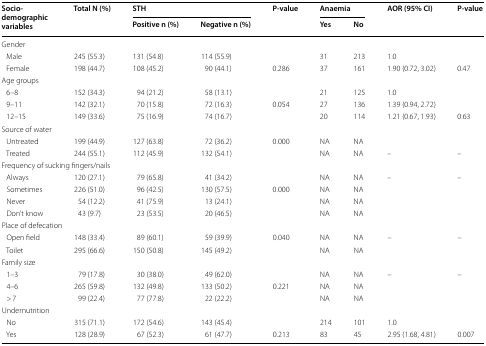
<table><thead><tr><td rowspan="2"><b>Socio-demographic variables</b></td><td rowspan="2"><b>Total N (%)</b></td><td colspan="2"><b>STH</b></td><td rowspan="2"><b>P-value</b></td><td colspan="2"><b>Anaemia</b></td><td rowspan="2"><b>AOR (95% CI)</b></td><td rowspan="2"><b>P-value</b></td></tr><tr><td><b>Positive n (%)</b></td><td><b>Negative n (%)</b></td><td><b>Yes</b></td><td><b>No</b></td></tr></thead><tbody><tr><td colspan="9">Gender</td></tr><tr><td> Male</td><td>245 (55.3)</td><td>131 (54.8)</td><td>114 (55.9)</td><td></td><td>31</td><td>213</td><td>1.0</td><td></td></tr><tr><td> Female</td><td>198 (44.7)</td><td>108 (45.2)</td><td>90 (44.1)</td><td>0.286</td><td>37</td><td>161</td><td>1.90 (0.72, 3.02)</td><td>0.47</td></tr><tr><td colspan="9">Age groups</td></tr><tr><td> 6–8</td><td>152 (34.3)</td><td>94 (21.2)</td><td>58 (13.1)</td><td></td><td>21</td><td>125</td><td>1.0</td><td></td></tr><tr><td> 9–11</td><td>142 (32.1)</td><td>70 (15.8)</td><td>72 (16.3)</td><td>0.054</td><td>27</td><td>136</td><td>1.39 (0.94, 2.72)</td><td></td></tr><tr><td> 12–15</td><td>149 (33.6)</td><td>75 (16.9)</td><td>74 (16.7)</td><td></td><td>20</td><td>114</td><td>1.21 (0.67, 1.93)</td><td>0.63</td></tr><tr><td colspan="9">Source of water</td></tr><tr><td> Untreated</td><td>199 (44.9)</td><td>127 (63.8)</td><td>72 (36.2)</td><td>0.000</td><td>NA</td><td>NA</td><td></td><td></td></tr><tr><td> Treated</td><td>244 (55.1)</td><td>112 (45.9)</td><td>132 (54.1)</td><td></td><td>NA</td><td>NA</td><td>–</td><td>–</td></tr><tr><td colspan="9">Frequency of sucking fingers/nails</td></tr><tr><td> Always</td><td>120 (27.1)</td><td>79 (65.8)</td><td>41 (34.2)</td><td></td><td>NA</td><td>NA</td><td>–</td><td>–</td></tr><tr><td> Sometimes</td><td>226 (51.0)</td><td>96 (42.5)</td><td>130 (57.5)</td><td>0.000</td><td>NA</td><td>NA</td><td></td><td></td></tr><tr><td> Never</td><td>54 (12.2)</td><td>41 (75.9)</td><td>13 (24.1)</td><td></td><td>NA</td><td>NA</td><td></td><td></td></tr><tr><td> Don’t know</td><td>43 (9.7)</td><td>23 (53.5)</td><td>20 (46.5)</td><td></td><td>NA</td><td>NA</td><td></td><td></td></tr><tr><td colspan="9">Place of defecation</td></tr><tr><td> Open field</td><td>148 (33.4)</td><td>89 (60.1)</td><td>59 (39.9)</td><td>0.040</td><td>NA</td><td>NA</td><td>–</td><td>–</td></tr><tr><td> Toilet</td><td>295 (66.6)</td><td>150 (50.8)</td><td>145 (49.2)</td><td></td><td>NA</td><td>NA</td><td></td><td></td></tr><tr><td colspan="9">Family size</td></tr><tr><td> 1–3</td><td>79 (17.8)</td><td>30 (38.0)</td><td>49 (62.0)</td><td></td><td>NA</td><td>NA</td><td>–</td><td>–</td></tr><tr><td> 4–6</td><td>265 (59.8)</td><td>132 (49.8)</td><td>133 (50.2)</td><td>0.221</td><td>NA</td><td>NA</td><td></td><td></td></tr><tr><td> &gt; 7</td><td>99 (22.4)</td><td>77 (77.8)</td><td>22 (22.2)</td><td></td><td>NA</td><td>NA</td><td></td><td></td></tr><tr><td colspan="9">Undernutrition</td></tr><tr><td> No</td><td>315 (71.1)</td><td>172 (54.6)</td><td>143 (45.4)</td><td></td><td>214</td><td>101</td><td>1.0</td><td></td></tr><tr><td> Yes</td><td>128 (28.9)</td><td>67 (52.3)</td><td>61 (47.7)</td><td>0.213</td><td>83</td><td>45</td><td>2.95 (1.68, 4.81)</td><td>0.007</td></tr></tbody></table>